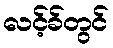
လင့်ခ်တွင်